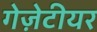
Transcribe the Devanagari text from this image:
गेज़ेटीयर